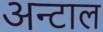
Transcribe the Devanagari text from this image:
अन्टाल